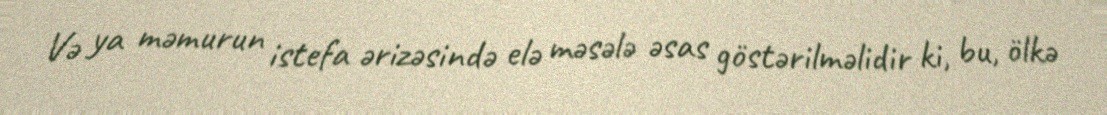
Və ya məmurun istefa ərizəsində elə məsələ əsas göstərilməlidir ki, bu, ölkə